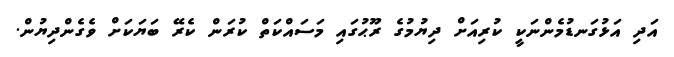
އަދި އަޅުގަނޑުމެންނަކީ ކުރިއަށް ދިޔުމުގެ ރޫޙުގައި މަސައްކަތް ކުރަން ކެރޭ ބަޔަކަށް ވެގެންދިޔުން.